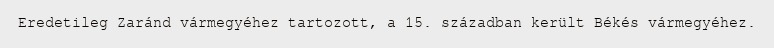
Eredetileg Zaránd vármegyéhez tartozott, a 15. században került Békés vármegyéhez.